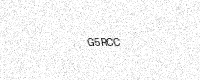
Text: G5RCC